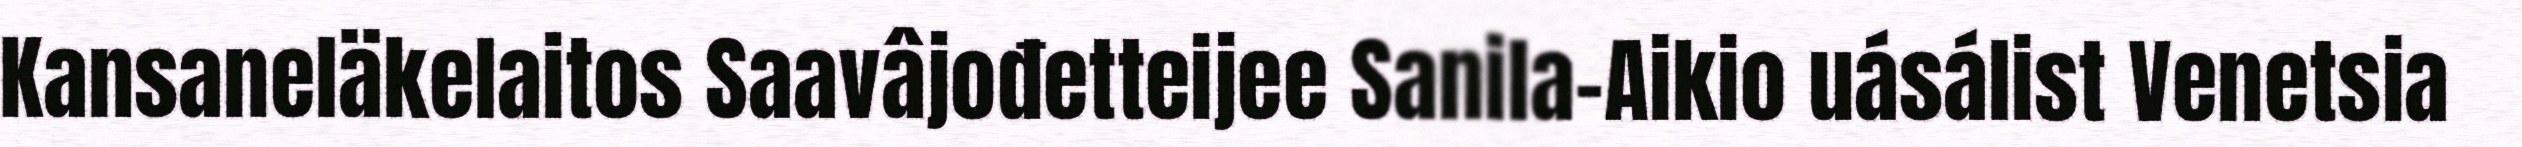
Kansaneläkelaitos Saavâjođetteijee Sanila-Aikio uásálist Venetsia